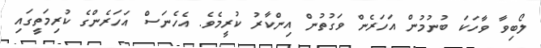
ލޯބިވާ ވާހަކަ ބުނުމުން އަހަރެން ވަގުތުން އިންކާރު ކުރީމެވެ. އެހެނަސް އަހަރެންގެ ކުރިމަތީގައި